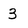
Character: 3